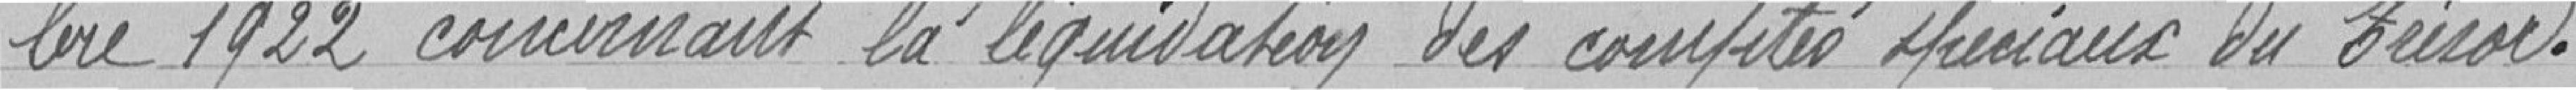
1922 concernant la liquidation des comptes spéciaux du Trésor.